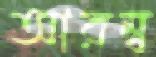
আরম্ব